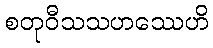
စတုဝီသသဟဿေဟိ